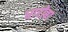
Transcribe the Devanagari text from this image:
धारोबा